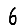
Digit: 6